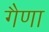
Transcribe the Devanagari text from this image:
गैणा